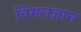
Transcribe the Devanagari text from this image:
विमलज्ञान